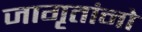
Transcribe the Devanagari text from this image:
जागृतांनो